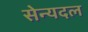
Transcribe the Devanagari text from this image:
सेन्यदल